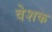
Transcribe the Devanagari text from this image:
वेशक